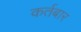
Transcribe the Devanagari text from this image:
कर्तबार